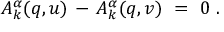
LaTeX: A _ { k } ^ { \alpha } ( q , u ) \, - \, A _ { k } ^ { \alpha } ( q , v ) ~ = ~ 0 ~ .